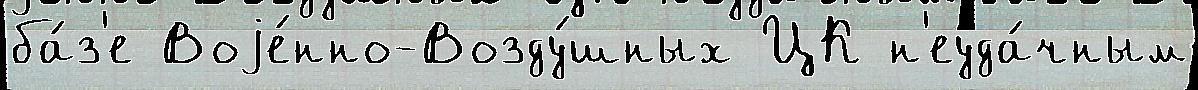
ба́з'е Воjе́нно-Возду́шных ЦК н'еуда́чным